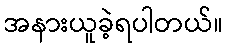
အနားယူခဲ့ရပါတယ်။